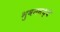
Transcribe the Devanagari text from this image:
भुवनमध्ये